Report on vaccination in Madras 1904-1921 - 1904-1921
Year: 1904
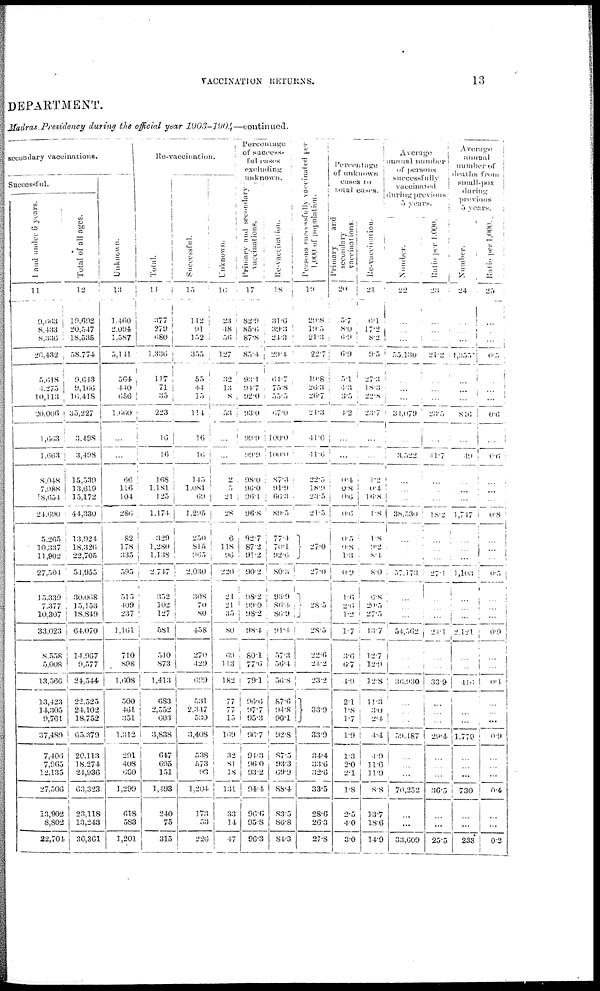
VACCINATION RETURNS.
13
DEPARTMENT.
Madras Presidency during the official year
1903-1904—continued.
secondary vaccinations.
Successful.
1 and under 6 years.
11
9,663
8,433
8,336
26,432
5,618
4,275
10,113
20,006
1,663
1,603
8,048
7,988
8,654
24,090
5,265
10,337
11,902
27,504
15,339
7,377
10,307
33,023
8,558
5,008
13,566
13,423
14,305
9,761
37,489
7,406
7,965
12,135
27,506
13,902
8,802
22,704
Total of all ages.
12
19,692
20,547
18,535
58,774
9,643
9,166
16,418
35,227
3,498
3,498
15,539
33,619
15,172
44,330
13,924
18,326
22,705
54,955
30,068
15,153
18,849
64,070
14,967
9,577
24,544
22,525
24,102
18,752
65,379
20,113
18,274
24,936
63,323
23,118
13,243
36,361
Unknown.
13
3,460
2,094
1,587
5,141
564
440
656
1,660
...
...
66
116
104
286
82
178
335
595
515
409
237
1,161
710
898
1,608
500
461
351
1,312
291
408
660
1,299
618
583
3,201
Re-vaccination.
Total.
14
377
279
680
1,336
117
71
35
223
16
16
168
1,181
125
1,474
329
1,280
1,138
2,717
352
102
127
581
540
873
1,413
683
2,552
603
3,838
647
695
151
1,493
240
75
315
Successful.
15
112
91
152
355
55
44
15
114
16
16
145
1,081
69
1,295
250
815
965
2,030
308
70
80
458
270
429
699
531
2,347
530
3,408
538
573
93
1,204
173
53
226
Unknown.
16
23
48
56
127
32
13
8
53
...
...
2
5
21
28
6
118
96
220
21
21
35
80
69
113
182
77
77
15
169
32
81
18
131
33
14
47
Percentage
of success-
ful eases
excluding
unknown.
Primary and secondary
vaccinations.
17
82.9
85.6
87.8
85.4
93.1
94.7
92.0
93.0
99.9
99.9
98.0
96.0
96.1
96.8
92.7
87.2
91.2
90.2
98.2
99.0
98.2
98.4
80.1
77.6
79.1
96.6
97.7
95.3
96.7
94.3
96.0
93.2
94.4
96.6
95.8
96.3
Re-vaccination.
18
31.6
39.3
24.3
29.4
64.7
75.8
55.5
67.0
100.0
100.0
87.3
91.9
66.3
89.5
77.4
70.1
92.6
80.3
93.9
86.4
86.9
91.4
57.3
56.4
56.8
87.6
94.8
90.1
92.8
87.5
93.3
69.9
88.4
83.5
86.8
84.3
Persons successfully vaccinated per
1,000 of population.
19
29.8
19.5
21.3
22.7
19.8
26.3
26.7
21.3
41.6
41.6
22.5
18.9
23.5
21.5
27.0
27.0
28.5
28.5
22.6
24.2
23.2
33.9
33.9
34.4
33.6
32.6
33.5
28.6
26.3
27.8
Percentage
of unknown
cases to
total cases.
Primary
and
secondary
vaccinations.
20
5.7
8.0
6.9
6.9
5.1
4.3
3.5
4.2
...
...
0.4
0.8
0.6
0.6
0.5,
0.8
1.3
0.9
1.6
2.6
1.2
1.7
3.6
6.7
4.9
2.1
1.8
1.7
1.9
1.3
2.0
2.1
1.8
2.5
4.0
3.0
Re-vaccination.
21
6.1
17.2
8.2
9.5
27.3
18.3
22.8
23.7
...
...
1.2
0.4
16.8
1.8
1.8
9.2
8.4
8.0
6.8
20.5
27.5
13.7
12.7
12.9
12.8
11.3
3.0
2.4
4.4
4.9
11.6
11.9
8.8
33.7
18.6
14.9
Average
annual number
of persons
successfully
vaccinated
during previous
5 years.
Number.
22
...
...
...
55,130
...
...
...
34,079
...
3,522
...
...
...
38,530
...
...
...
57,173
...
...
...
54,502
...
...
36,930
...
...
...
59,487
...
...
...
70,252
...
...
33,609
Ratio per 1,000.
23
...
...
...
21.2
...
...
...
23.5
...
41.7
...
...
...
18.2
...
...
...
27.1
...
...
...
24.1
...
...
33.9
...
...
...
29.4
...
...
...
36.5
...
...
25.5
Average
annual
number of
deaths from
small-pox
during
previous
5 years.
Number.
24
...
...
...
1,355
...
...
...
846
...
49
...
...
...
1,747
...
...
...
1,103
...
...
...
2,121
...
...
416
...
...
...
1,779
...
...
...
730
...
...
233
Ratio per 1,000.
25
...
...
...
0.5
...
...
...
0.6
...
0.6
...
...
...
0.8
...
... ...
0.5
...
...
...
0.9
...
...
0.4
...
...
...
0.9
...
...
...
0.4
...
...
0.2